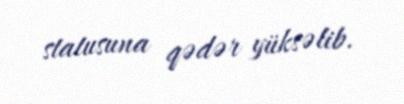
statusuna qədər yüksəlib.